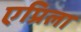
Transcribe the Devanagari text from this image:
एप्रिला